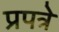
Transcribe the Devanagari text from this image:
प्रपत्रे